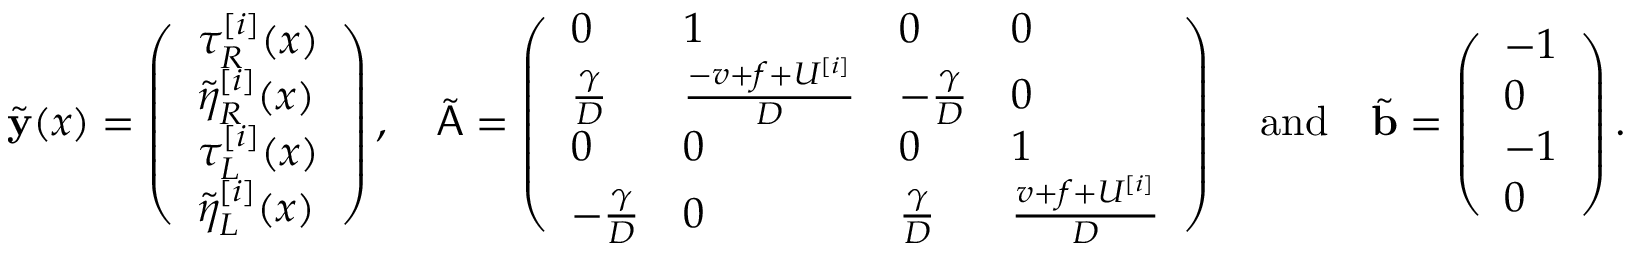
\tilde { \mathbf { y } } ( x ) = \left( \begin{array} { l } { \tau _ { R } ^ { [ i ] } ( x ) } \\ { \tilde { \eta } _ { R } ^ { [ i ] } ( x ) } \\ { \tau _ { L } ^ { [ i ] } ( x ) } \\ { \tilde { \eta } _ { L } ^ { [ i ] } ( x ) } \end{array} \right) , \quad \tilde { \mathsf { A } } = \left( \begin{array} { l l l l } { 0 } & { 1 } & { 0 } & { 0 } \\ { \frac { \gamma } { D } } & { \frac { - v + f + U ^ { [ i ] } } { D } } & { - \frac { \gamma } { D } } & { 0 } \\ { 0 } & { 0 } & { 0 } & { 1 } \\ { - \frac { \gamma } { D } } & { 0 } & { \frac { \gamma } { D } } & { \frac { v + f + U ^ { [ i ] } } { D } } \end{array} \right) \quad \mathrm { a n d } \quad \tilde { \mathbf { b } } = \left( \begin{array} { l } { - 1 } \\ { 0 } \\ { - 1 } \\ { 0 } \end{array} \right) .